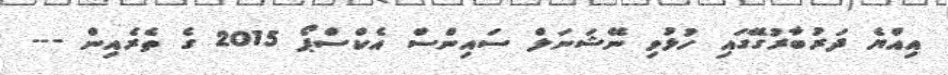
އިއްޔެ ދަރުބާރުގޭގައި ހުޅުވި ނޭޝަނަލް ސައިންސް އެކްސްޕޯ 2015 ގެ ތެރެއިން ---